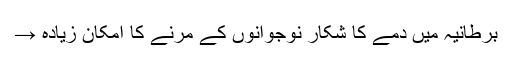
برطانیہ میں دمے کا شکار نوجوانوں کے مرنے کا امکان زیادہ →